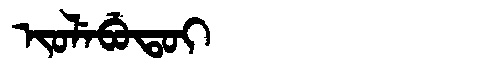
Manchu: ᡳᠣᠯᡝᠪᡠᡨᠣᡳ
Romanization: IOLEBUTOI